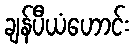
ချန်ပီယံဟောင်း